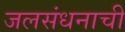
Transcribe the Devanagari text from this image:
जलसंधनाची